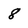
Character: 8